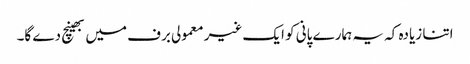
اتنا زیادہ کہ یہ ہمارے پانی کو ایک غیر معمولی برف میں بھینچ دے گا۔